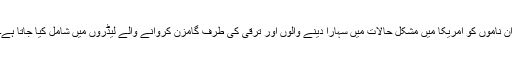
ان ناموں کو امریکا میں مشکل حالات میں سہارا دینے والوں اور ترقی کی طرف گامزن کروانے والے لیڈروں میں شامل کیا جاتا ہے۔